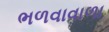
ભળવાવાળા